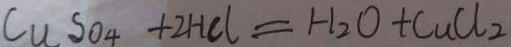
C u S O _ { 4 } + 2 H C l = H _ { 2 } O + C u C l _ { 2 }